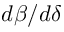
d \beta / d \delta